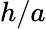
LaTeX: h/a